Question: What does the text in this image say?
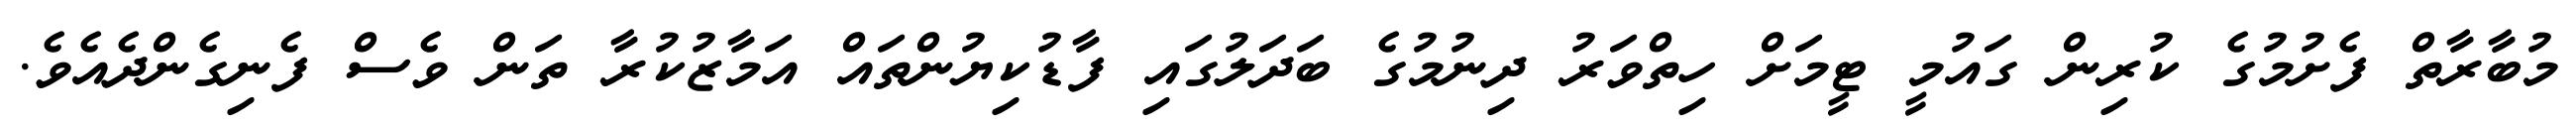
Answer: މުބާރާތް ފެށުމުގެ ކުރިން ގައުމީ ޓީމަށް ހިތްވަރު ދިނުމުގެ ބަދަލުގައި ފާޑުކިޔުންތައް އަމާޒުކުރާ ތަން ވެސް ފެނިގެންދެއެވެ.